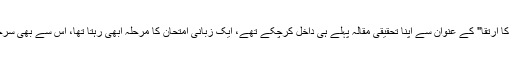
"ایران میں ما بعد الطبیعیات کا ارتقا" کے عنوان سے اپنا تحقیقی مقالہ پہلے ہی داخل کرچکے تھے، ایک زبانی امتحان کا مرحلہ ابھی رہتا تھا، اس سے بھی سرخروئی کے ساتھ گزر گئے۔